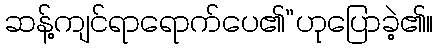
ဆန့်ကျင်ရာရောက်ပေ၏”ဟုပြောခဲ့၏။